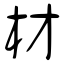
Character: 材